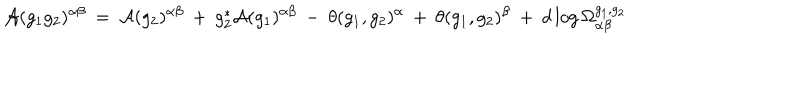
LaTeX: { \cal A } ( g _ { 1 } g _ { 2 } ) ^ { \alpha \beta } \: = \: { \cal A } ( g _ { 2 } ) ^ { \alpha \beta } \: + \: g _ { 2 } ^ { * } { \cal A } ( g _ { 1 } ) ^ { \alpha \beta } \: - \: \theta ( g _ { 1 } , g _ { 2 } ) ^ { \alpha } \: + \: \theta ( g _ { 1 } , g _ { 2 } ) ^ { \beta } \: + \: d \log \Omega _ { \alpha \beta } ^ { g _ { 1 } , g _ { 2 } }